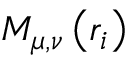
M _ { \mu , \nu } \left( \mathfrak { r } _ { i } \right)